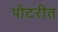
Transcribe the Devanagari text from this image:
पोटरीत